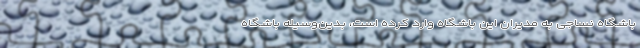
باشگاه نساجی به مدیران این باشگاه وارد کرده است، بدین‌وسیله باشگاه